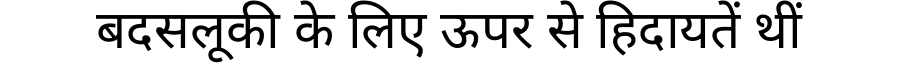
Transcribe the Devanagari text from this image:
बदसलूकी के लिए ऊपर से हिदायतें थीं